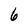
Character: 6